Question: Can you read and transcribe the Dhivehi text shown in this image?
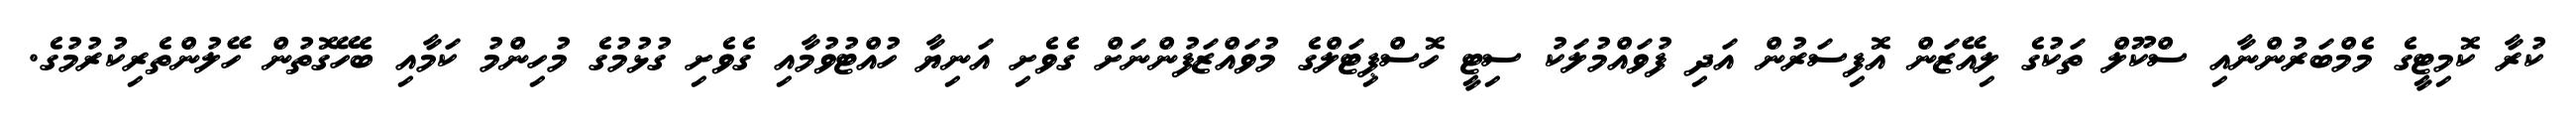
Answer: ކުރާ ކޮމިޓީގެ މެމްބަރުންނާއި ސްކޫލް ތަކުގެ ލިއޭޒަން އޮފިސަރުން އަދި ފުވައްމުލަކު ސިޓީ ހޮސްޕިޓަލްގެ މުވައްޒަފުންނަށް ގެވެށި އަނިޔާ ހުއްޓުވުމާއި ގެވެށި ގުޅުމުގެ މުހިންމު ކަމާއި ބެހޭގޮތުން ހޭލުންތެރިކުރުމުގެ.